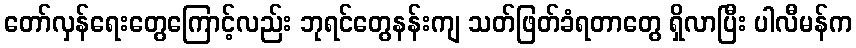
တော်လှန်ရေးတွေကြောင့်လည်း ဘုရင်တွေနန်းကျ သတ်ဖြတ်ခံရတာတွေ ရှိလာပြီး ပါလီမန်က